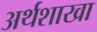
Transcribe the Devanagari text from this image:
अर्थशाखा